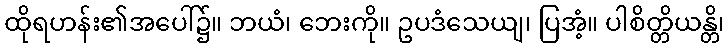
ထိုရဟန်း၏အပေါ်၌။ ဘယံ၊ ဘေးကို။ ဥပဒံသေယျ၊ ပြအံ့။ ပါစိတ္တိယန္တိ၊